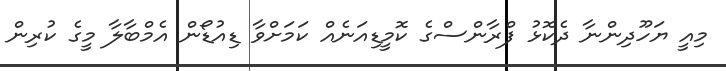
މިއީ ޔަހޫދިިންނާ ދެކޮޅު ފްރާންސްގެ ކޮމީޑިއަނެއް ކަމަށްވާ ޑިއުޑޯން އެމްބާލާ މީގެ ކުރިން